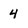
Character: 4